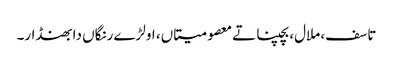
تاسف، ملال، بچپنا تے معصومیتاں، اولڑے رنگاں دا بھنڈار۔